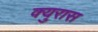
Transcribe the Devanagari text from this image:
क्युरास